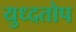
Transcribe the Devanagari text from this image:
युध्दतोप